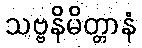
သဗ္ဗနိမိတ္တာနံ